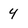
Character: 4